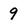
Character: 9